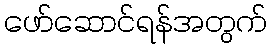
ဖော်ဆောင်ရန်အတွက်